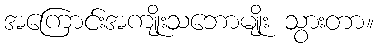
အကြောင်းအကျိုးသဘောမျိုး သွားတာ။